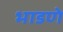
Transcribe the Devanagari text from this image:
भाडणे